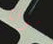
مؤقتا